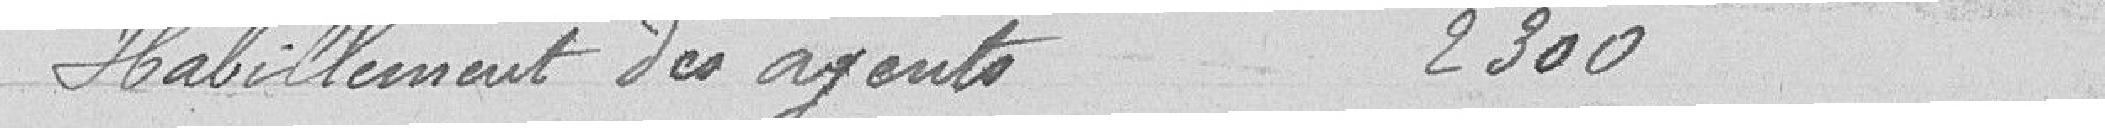
Habillement des agents 2300